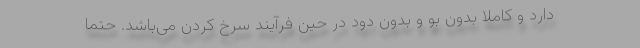
دارد و کاملا بدون بو و بدون دود در حین فرآیند سرخ کردن می‌باشد. حتما